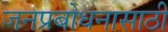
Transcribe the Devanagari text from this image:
जनप्रबोधनासाठी